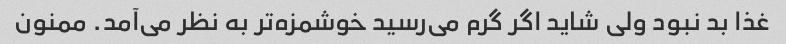
غذا بد نبود ولی شاید اگر گرم می‌رسید خوشمزه‌تر به نظر می‌آمد. ممنون